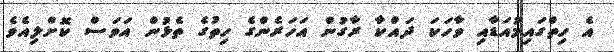
އެ ހިތްގައިމުއަޑާއި ވާހަކަ ދައްކާ ރާގުން އަހަރެންގެ ހިތުގެ ތެޅުން އަވަސް ކޮށްލިއެވެ